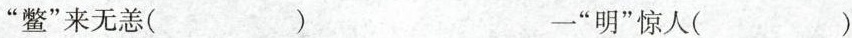
鳖”来无恙（ ）一”明”惊人（ ）